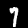
Digit: 7